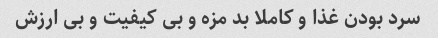
سرد بودن غذا و کاملا بد مزه و بی کیفیت و بی ارزش